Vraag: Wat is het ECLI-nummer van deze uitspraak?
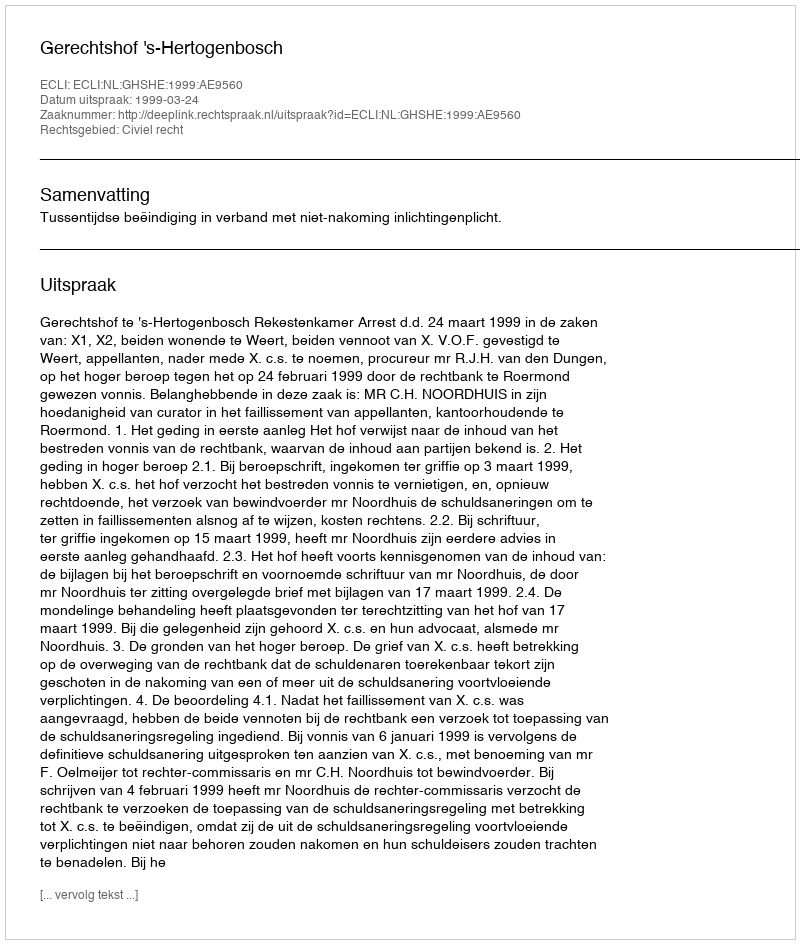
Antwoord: ECLI:NL:GHSHE:1999:AE9560